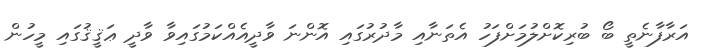
އަރާފާނެތީ ބޯ ބުރިކޮށްލުމަށްފަހު އެތަނާއި މާދުރުގައި އޮންނަ ވާދީއެއްކަމުގައިވާ ވާދީ ޢަޤީޤުގައި މީހުން